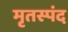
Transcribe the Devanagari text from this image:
मृतस्पंद